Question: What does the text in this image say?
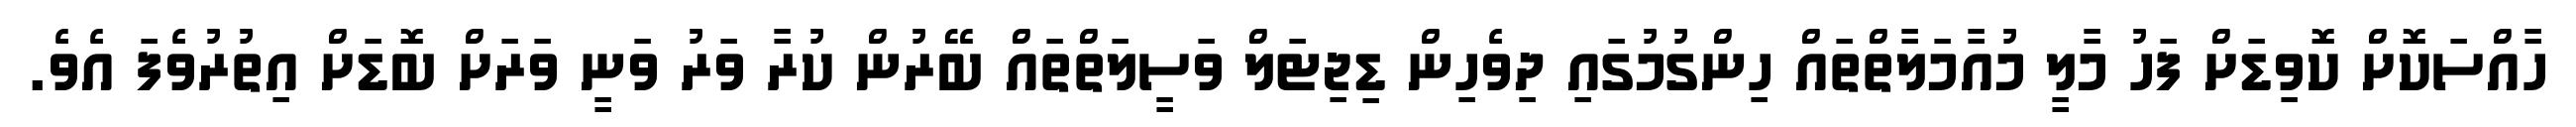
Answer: ހާއްސަކޮށް ކޮވިޑަށް ފަހު މާލީ މުއާމަލާތްތައް ހިންގުމުގައި ދިވެހިން ޑިޖިޓަލް ވަސީލަތްތައް ބޭރުން ކުރާ ވަރު ވަނީ ވަރަށް ބޮޑަށް އިތުރުވެފަ އެވެ.